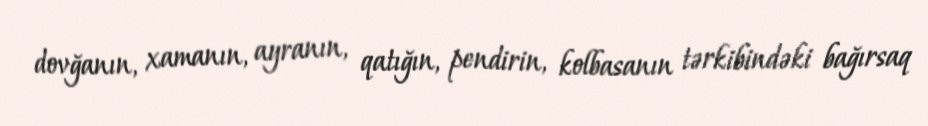
dovğanın, xamanın, ayranın, qatığın, pendirin, kolbasanın tərkibindəki bağırsaq